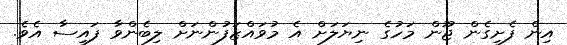
އިން ފެށިގެން ޖޫން މަހުގެ ނިޔަލަށް އެ މުވައްޒަފުންނަށް ލިބެންވާ ފައިސާ އެވެ.